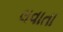
લવાતા